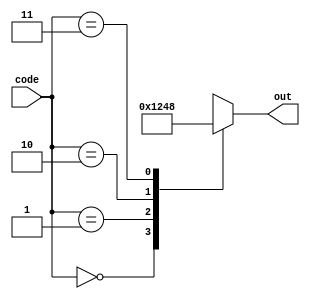
module dec_2to4(
	input [1:0] code,
	output reg [3:0] out
);

always @(*)
begin
	case (code)
		2'b00: out <= 4'b0001;
		2'b01: out <= 4'b0010;
		2'b10: out <= 4'b0100;
		2'b11: out <= 4'b1000;
		default: out <= 4'bxxxx;
	endcase
end

endmodule